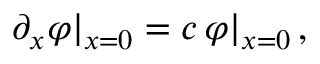
\partial _ { x } \varphi | _ { x = 0 } = c \, \varphi | _ { x = 0 } \, ,